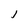
Character: 1